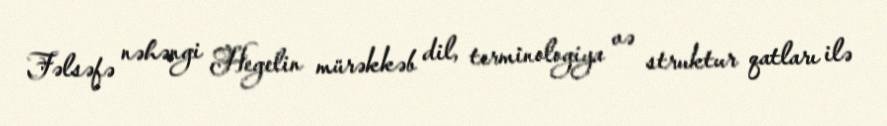
Fəlsəfə nəhəngi Hegelin mürəkkəb dil, terminologiya və struktur qatları ilə